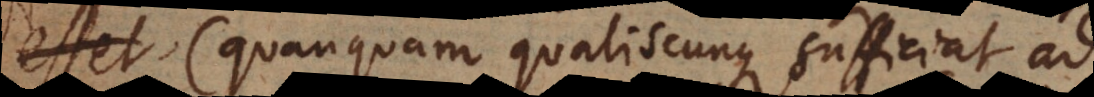
esset (quanquam qualiscunque sufficiat ad